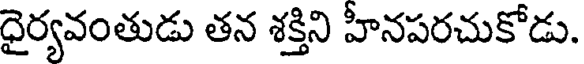
ధైర్యవంతుడు తన శక్తిని హీనపరచుకోడు.